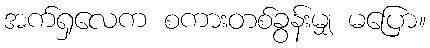
အက်ရှလေက စကားတစ်ခွန်းမျှ မပြော။